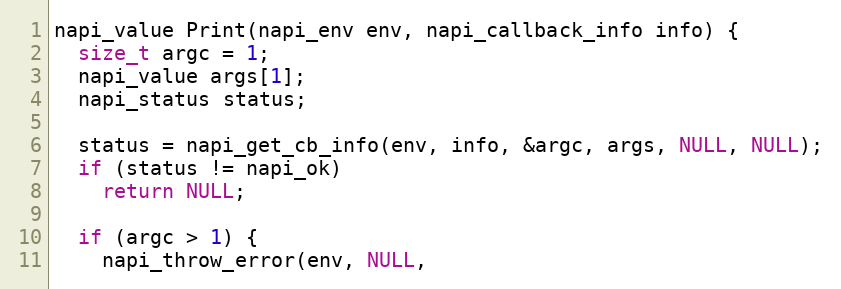
Language: C++
napi_value Print(napi_env env, napi_callback_info info) {
  size_t argc = 1;
  napi_value args[1];
  napi_status status;

  status = napi_get_cb_info(env, info, &argc, args, NULL, NULL);
  if (status != napi_ok)
    return NULL;

  if (argc > 1) {
    napi_throw_error(env, NULL,